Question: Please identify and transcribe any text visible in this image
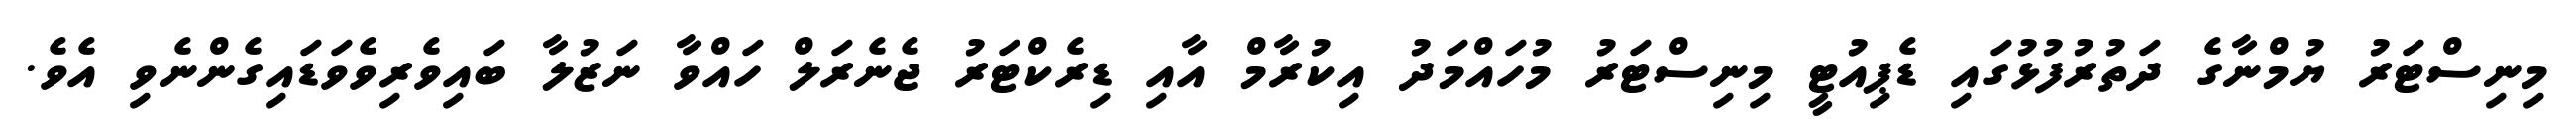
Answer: މިނިސްޓަރު ޔުމްނާގެ ދަތުރުފުޅުގައި ޑެޕިއުޓީ މިނިސްޓަރު މުހައްމަދު އިކުރާމް އާއި ޑިރެކްޓަރު ޖެނެރަލް ހައްވާ ނަޒުލާ ބައިވެރިވެވަޑައިގެންނެވި އެވެ.